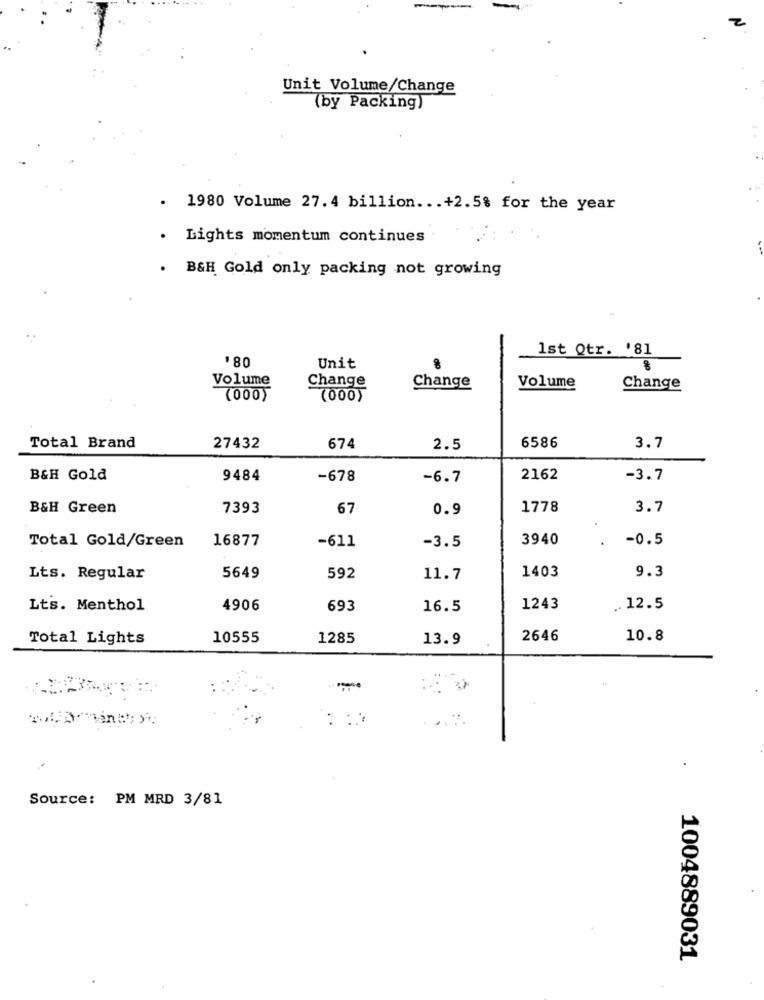
Unit Volume/Change
(by Packing)
.
1980 Volume 27. 4 billion ... +2.5% for the year
. Lights momentum continues
. B&H Gold only packing not growing
1st Qtr. '81
$80
Unit
Volume
Change
Change
Volume
Change
(000)
(000)
6586
Total Brand
27432
674
2.5
3.7
B&H Gold
9484
-678
-6.7
2162
-3.7
B&H Green
7393
67
0.9
1778
3.7
Total Gold/Green
16877
3940
-0.5
-611
-3.5
5649
1403
9.3
Lts. Regular
592
11.7
Lts. Menthol
4906
693
16.5
1243
.. 12.5
Total Lights
10555
1285
13.9
2646
10.8
Source: PM MRD 3/81
1004889031